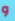
و